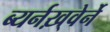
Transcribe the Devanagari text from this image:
ब्यर्नख़्वेर्ने